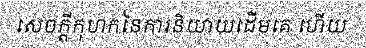
សេចក្តីកុហកនៃការនិយាយដើមគេ ហើយ